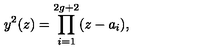
y ^ { 2 } ( z ) = \prod _ { i = 1 } ^ { 2 g + 2 } ( z - a _ { i } ) ,